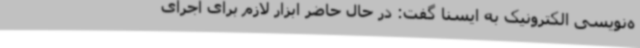
ه‌نویسی الکترونیک به ایسنا گفت: در حال حاضر ابزار لازم برای اجرای